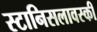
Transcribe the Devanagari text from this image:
स्टानिसलावस्की